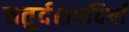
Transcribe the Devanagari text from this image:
चतुर्दशपदियाँ